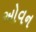
ઓવન